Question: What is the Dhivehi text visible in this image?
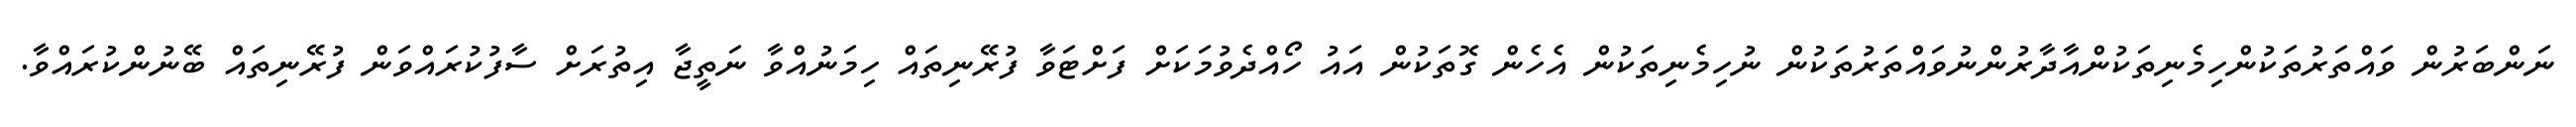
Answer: ނަންބަރުން ވައްތަރުތަކުންހިމެނިތަކުންއާދާރުންނުވައްތަރުތަކުން ނުހިމެނިތަކުން އެހެން ގޮތަކުން އައު ހޯއްދެވުމަކަށް ފަށްޓަވާ ފުރޭނިތައް ހިމަނުއްވާ ނަތީޖާ އިތުރަށް ސާފުކުރައްވަން ފުރޭނިތައް ބޭނުންކުރައްވާ.